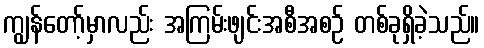
ကျွန်တော့်မှာလည်း အကြမ်းဖျင်းအစီအစဉ် တစ်ခုရှိခဲ့သည်။